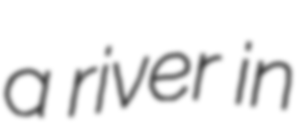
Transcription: a river in